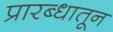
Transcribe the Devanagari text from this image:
प्रारब्धातून